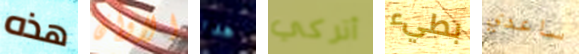
هذه الاوان هدا أتركي بطيء ساعدي